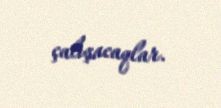
çalışacaqlar.